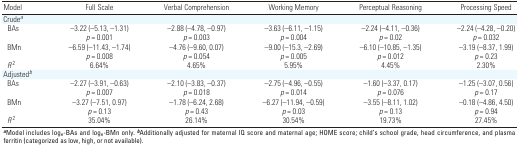
<table><thead><tr><td><b>Model</b></td><td><b>Full Scale</b></td><td><b>Verbal Comprehension</b></td><td><b>Working Memory</b></td><td><b>Perceptual Reasoning</b></td><td><b>Processing Speed</b></td></tr></thead><tbody><tr><td><b>Crude<sup><i>a</i></sup></b></td></tr><tr><td><b>BAs</b></td><td>–3.22 (–5.13, –1.31) <i>p</i> = 0.001</td><td>–2.88 (–4.78, –0.97) <i>p</i> = 0.003</td><td>–3.63 (–6.11, –1.15) <i>p</i> = 0.004</td><td>–2.24 (–4.11, –0.36) <i>p</i> = 0.02</td><td>–2.24 (–4.28, –0.20) <i>p</i> = 0.032</td></tr><tr><td><b>BMn</b></td><td>–6.59 (–11.43, –1.74) <i>p</i> = 0.008</td><td>–4.76 (–9.60, 0.07) <i>p</i> = 0.054</td><td>–9.00 (–15.3, –2.69) <i>p</i> = 0.005</td><td>–6.10 (–10.85, –1.35) <i>p</i> = 0.012</td><td>–3.19 (–8.37, 1.99) <i>p</i> = 0.23</td></tr><tr><td><b><i>R</i><i></i><sup>2</sup></b></td><td>6.64%</td><td>4.65%</td><td>5.95%</td><td>4.45%</td><td>2.30%</td></tr><tr><td><b>Adjusted<sup><i>b</i></sup></b></td></tr><tr><td><b>BAs</b></td><td>–2.27 (–3.91, –0.63) <i>p</i> = 0.007</td><td>–2.10 (–3.83, –0.37) <i>p</i> = 0.018</td><td>–2.75 (–4.96, –0.55) <i>p</i> = 0.014</td><td>–1.60 (–3.37, 0.17) <i>p</i> = 0.076</td><td>–1.25 (–3.07, 0.56) <i>p</i> = 0.17</td></tr><tr><td><b>BMn</b></td><td>–3.27 (–7.51, 0.97) <i>p</i> = 0.13</td><td>–1.78 (–6.24, 2.68) <i>p</i> = 0.43</td><td>–6.27 (–11.94, –0.59) <i>p</i> = 0.03</td><td>–3.55 (–8.11, 1.02) <i>p</i> = 0.13</td><td>–0.18 (–4.86, 4.50) <i>p</i> = 0.94</td></tr><tr><td><b><i>R</i><i></i><sup>2</sup></b></td><td>35.04%</td><td>26.14%</td><td>30.54%</td><td>19.73%</td><td>27.45%</td></tr><tr><td colspan="6"><sup><i><b>a</b></i></sup>Model includes log<sub>e</sub>-BAs and log<sub>e</sub>-BMn only. <sup><i><b>b</b></i></sup>Additionally adjusted for maternal IQ score and maternal age; HOME score; child’s school grade, head circumference, and plasma ferritin (categorized as low, high, or not available).</td></tr></tbody></table>